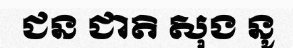
ជន ជាតិ សុង នូ